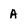
Character: A